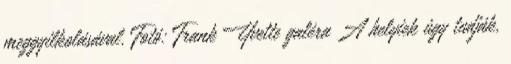
meggyilkolásával. Fotó: Frank Yvette galéra A helyiek úgy tudják,